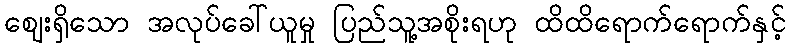
ဈေးရှိသော အလုပ်ခေါ်ယူမှု ပြည်သူ့အစိုးရဟု ထိထိရောက်ရောက်နှင့်